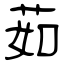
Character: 茹